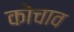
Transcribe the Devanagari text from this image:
कोचाव